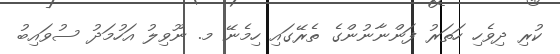
ކުރި ދިވެހި ހަތަރު ފަންނާނުންގެ ތެރޭގައި ހިމެނޭ މ. ނޫވިލު އަހުމަދު ސުވައިބު